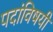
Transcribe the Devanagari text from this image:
पदांविषयी